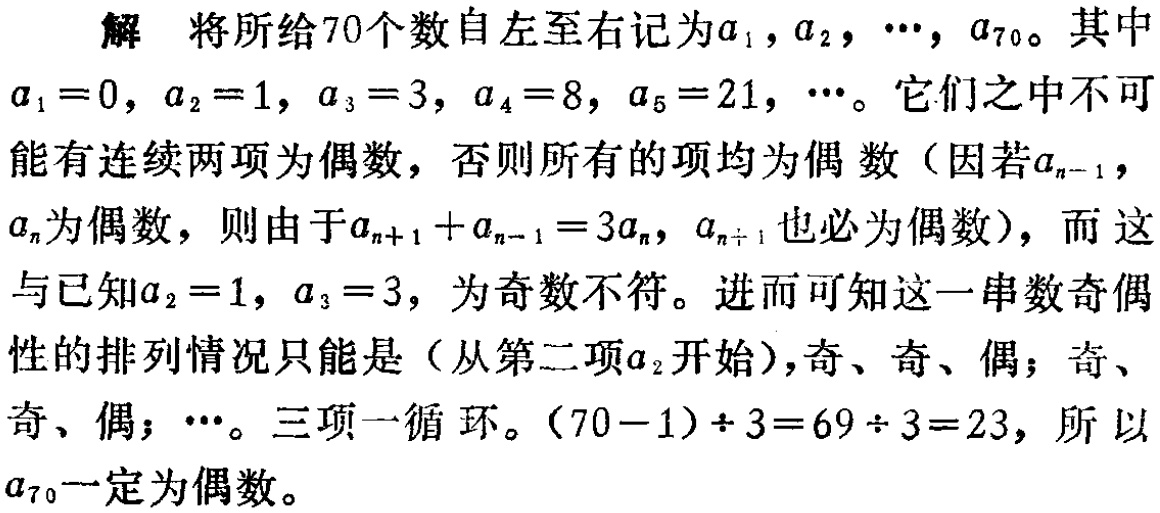
解 将所给70个数自左至右记为\(a_1,a_2,\cdots,a_{70}\)。其中\(a_1 = 0\)，\(a_2 = 1\)，\(a_3 = 3\)，\(a_4 = 8\)，\(a_5 = 21\)，\(\cdots\)。它们之中不可能有连续两项为偶数，否则所有的项均为偶数（因若\(a_{n - 1}\)，\(a_n\)为偶数，则由于\(a_{n + 1}+a_{n - 1}=3a_n\)，\(a_{n + 1}\)也必为偶数），而这与已知\(a_2 = 1\)，\(a_3 = 3\)，为奇数不符。进而可知这一串数奇偶性的排列情况只能是（从第二项\(a_2\)开始），奇、奇、偶；奇、奇、偶；\(\cdots\)。三项一循环。\((70 - 1)\div3 = 69\div3 = 23\)，所以\(a_{70}\)一定为偶数。